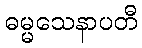
ဓမ္မသေနာပတီ